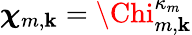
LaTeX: {\boldsymbol{\chi}}_{m,\mathbf{k}}={\Chi}_{m,\mathbf{k}}^{\kappa_{m}}